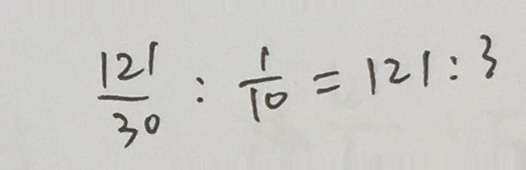
\frac { 1 2 1 } { 3 0 } : \frac { 1 } { 1 0 } = 1 2 1 : 3